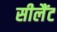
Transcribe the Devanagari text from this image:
सीलैंट